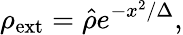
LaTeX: \rho_{\mathrm{ext}}=\hat{\rho}e^{-x^{2}/\Delta},